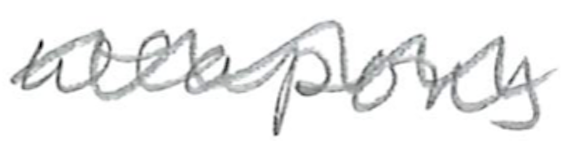
Text: weapons
Cross-out: wave
Writing tool: pencil